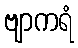
ဗျာကရံ